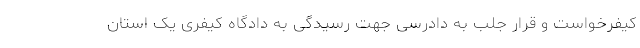
کیفرخواست و قرار جلب به دادرسی جهت رسیدگی به دادگاه کیفری یک استان